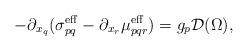
LaTeX: \begin{align*}-\partial_{x_q} (\sigma^{\rm eff}_{pq} - \partial_{x_r}\mu^{\rm eff}_{pqr}) = g_p \mathcal{D}(\Omega),\end{align*}